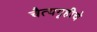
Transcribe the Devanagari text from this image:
चैत्यगृहीचे